Materia medica of Madras volume I
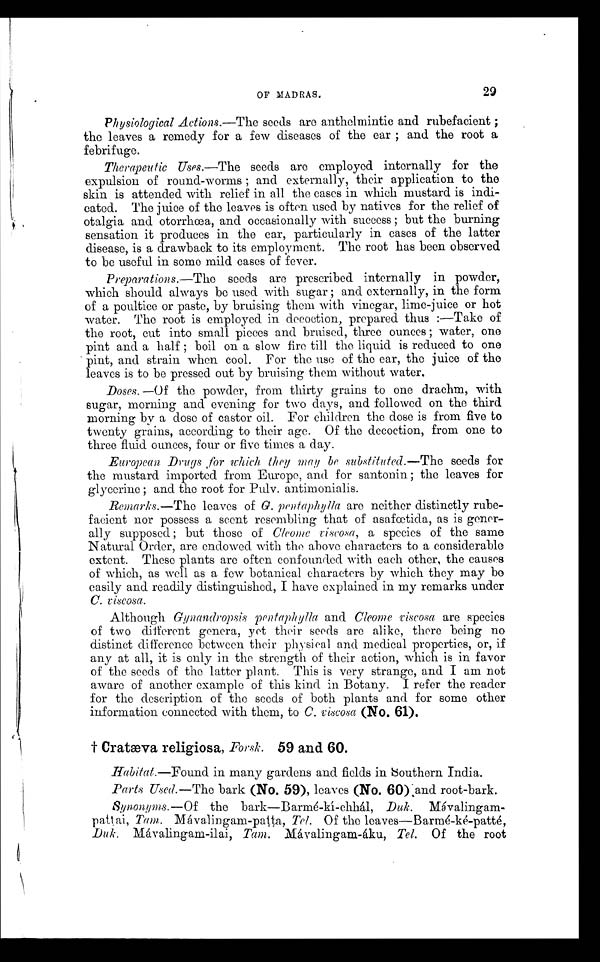
OF MADRAS.
29
Physiological Actions.—The seeds are anthelmintic and rubefacient ;
the leaves a remedy for a few diseases of the ear ; and the root a
febrifuge.
Therapeutic Uses.—The seeds are employed internally for the
expulsion of round-worms ; and externally, their application to the
skin is attended with relief in all the cases in which mustard is indi-
cated. The juice of the leaves is often used by natives for the relief of
otalgia and otorrhœa, and occasionally with success ; but the burning
sensation it produces in the ear, particularly in cases of the latter
disease, is a drawback to its employment. The root has been observed
to be useful in some mild cases of fever.
Preparations.—The seeds are prescribed internally in powder,
which should always be used with sugar ; and externally, in the form
of a poultice or paste, by bruising them with vinegar, lime-juice or hot
water. The root is employed in decoction, prepared thus :—Take of
the root, cut into small pieces and bruised, three ounces ; water, one
pint and a half ; boil on a slow fire till the liquid is reduced to one
pint, and strain when cool. For the use of the ear, the juice of the
leaves is to be pressed out by bruising them without water.
Doses. —Of the powder, from thirty grains to one drachm, with
sugar, morning and evening for two days, and followed on the third
morning by a dose of castor oil. For children the dose is from five to
twenty grains, according to their age. Of the decoction, from one to
three fluid ounces, four or five times a day.
European Drugs for which they may be substituted.—The seeds for
the mustard imported from Europe, and for santonin; the leaves for
glycerine; and the root for Pith. antimonialis.
Renmarks.—The leaves of 0. pentaphylla are neither distinctly rube-
facient nor possess a scent resembling that of asafœtida, as is gener-
ally supposed ; but those of Cleome viscosa, a species of the same
Natural Order, are endowed with the above characters to a considerable
extent. These plants are often confounded with each other, the causes
of which, as well as a few botanical characters by which they may be
easily and readily distinguished, I have explained in my remarks under
C. viscosa.
Although Gynandropsis pentaphylla and Cleome viscose are species
of two different genera, yet their seeds are alike, there being no
distinct difference between their physical and medical properties, or, if
any at all, it is only in the strength of their action, which is in favor
of the seeds of the latter plant. This is very strange, and I am not
aware of another example of this kind in Botany. I refer the reader
for the description of the seeds of both plants and for some other
information connected with them, to C. viscose (No. 61).
† Cratæva religiosa, Forsk. 59 and 60.
Habitat.—Found in many gardens and fields in southern India.
Parts Used.—The bark (NO. 59), leaves (No. 60) and root-bark.
Synonyms.—Of the bark—Barmé-kí-chhál, Duk.
M á v a l i n g a m p
a t t a i ,
T a m .
M á v a l i n g a m - p a t t a ,
T e l .
O f t h e l e a v e s — B a r m é - k é - p a t t e ,
Duk, Mávalingam-ilai, Tam. Mávalingam-áku, Tel. Of the root